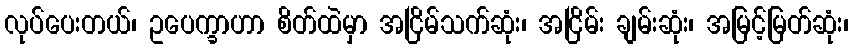
လုပ်ပေးတယ်၊ ဥပေက္ခာဟာ စိတ်ထဲမှာ အငြိမ်သက်ဆုံး၊ အငြိမ်း ချမ်းဆုံး၊ အမြင့်မြတ်ဆုံး၊